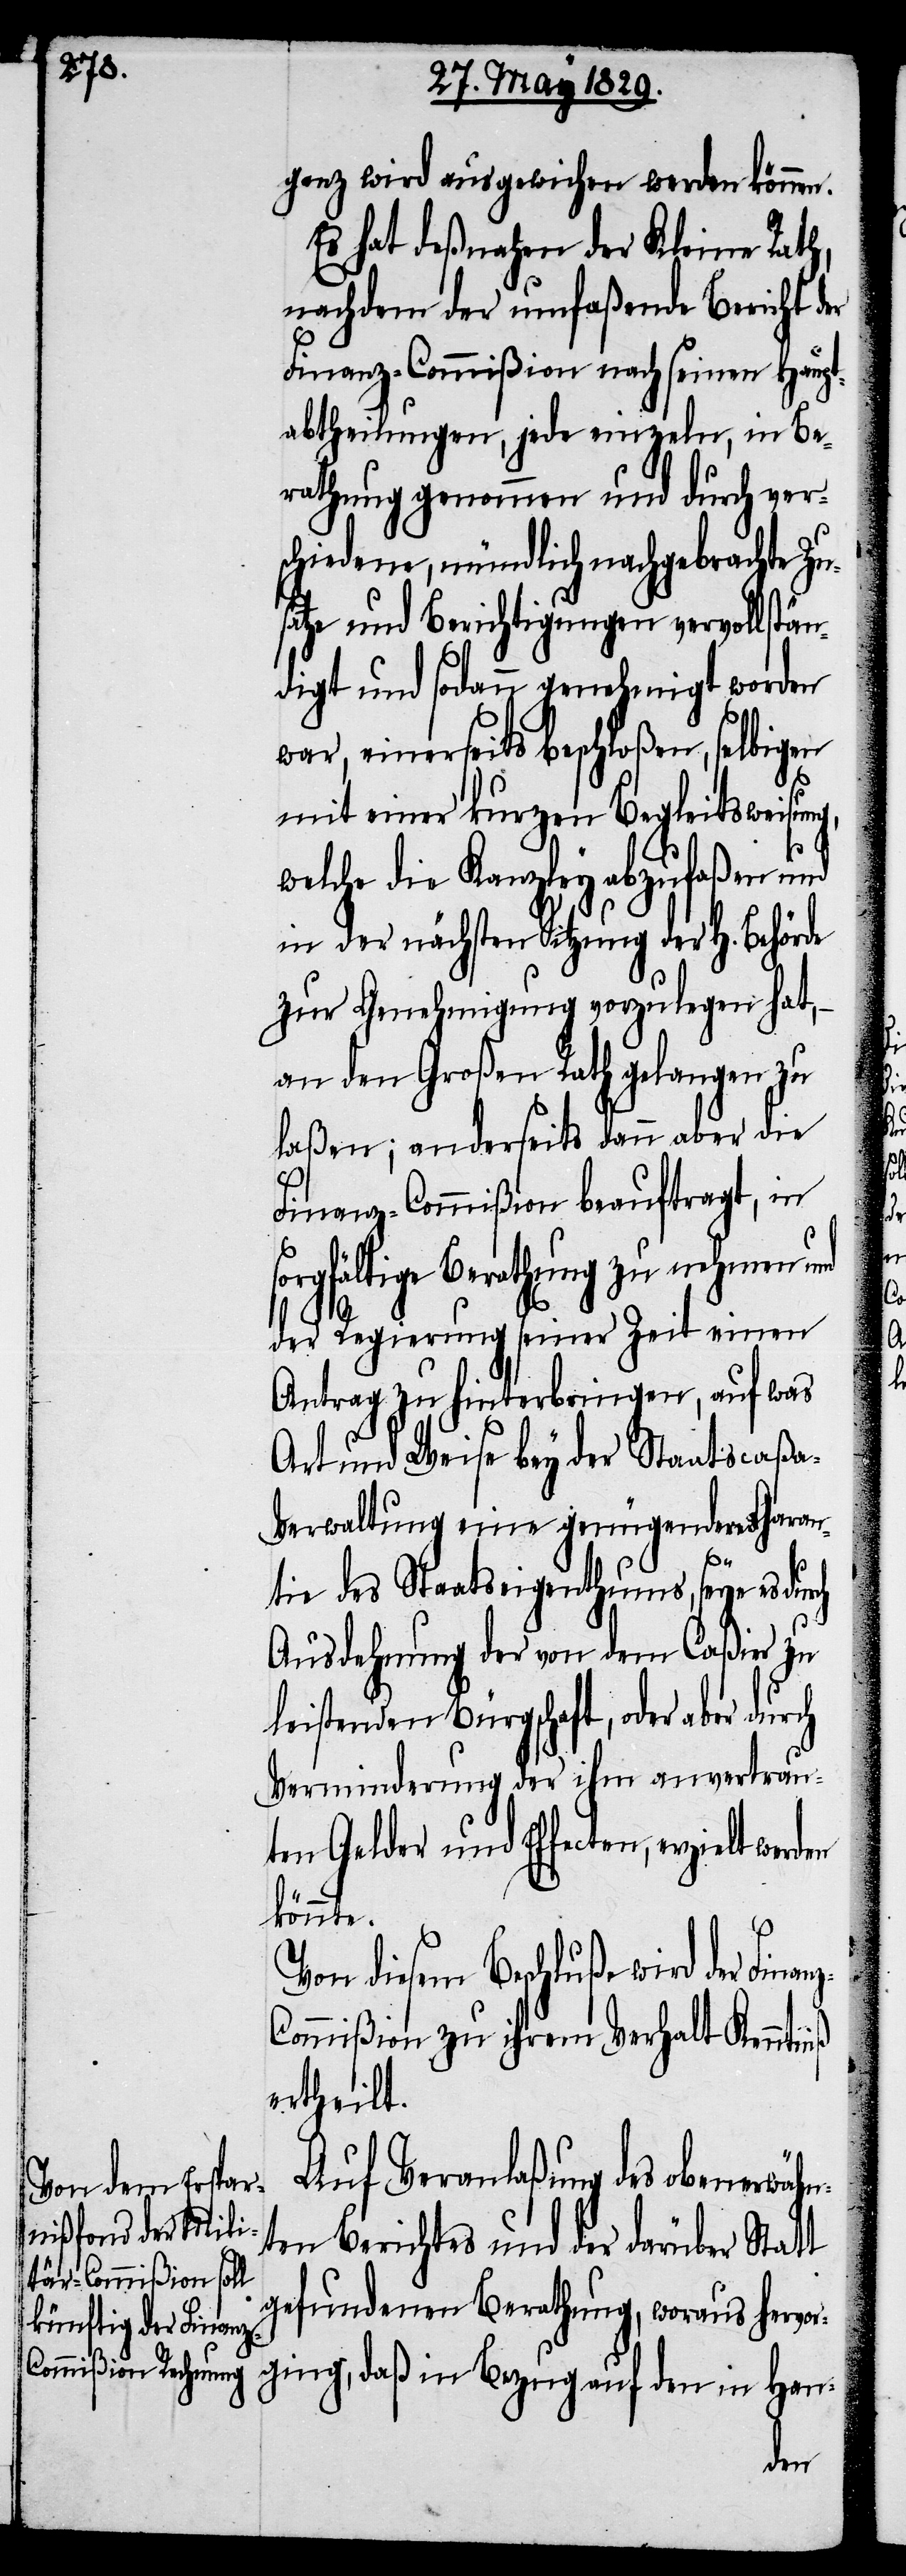
ganz wird ausgewichen werden können.
Es hat deßnahen der Kleine Rath,
nachdem der umfaßende Bericht der
Finanz-Commißion nach seinen Haupt¬
abtheilungen, jede einzeln, in Be¬
rathung genommen und durch ver¬
schiedene, mündlich nachgebrachte Zu¬
sätze und Berichtigungen vervollstä¬
ndigt und sodann genehmigt worden
war, einerseits beschloßen, selbigen
mit einer kurzen Begleitsweisun¬
welche der Kanzley abzufaßen und
in der nächsten Sitzung der H. Behörde
zur Genehmigung vorzulegen hat,–
an den Großen Rath gelangen zu
laßen; anderseits dann aber die
Finanz-Commißion beauftragt, in
rgfältige Berathung zu nehmen und
der Regierung seiner Zeit einen
Antrag zu hinterbringen, auf was
Art und Weise bey der Staatscaßa-V¬
erwaltung eine genügende Garan¬
z-C¬
tie des Staatseigenthums, seye es durch
Ausdehnung der von dem Caßier zu
leistenden Bürgschaft, oder aber durch
Verminderung der ihm anvertrau¬
ten Gelder und Effecten, erzielt werden
könnte.
Von diesem Beschluße wird der Finan¬
ommißion zu ihrem Verhalt Kenntniß
ertheilt.
Auf Veranlaßung des obenerwähn¬
ten Berichtes und der darüber Statt
gefundenen Berathung, woraus hervor¬
ging, daß in Bezug auf den in Han-